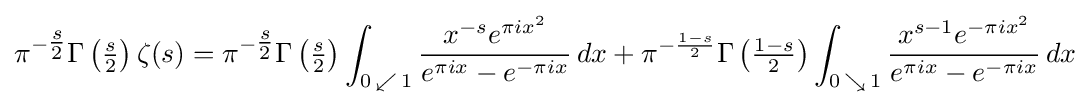
\pi ^{-{\tfrac {s}{2}}}\Gamma \left({\tfrac {s}{2}}\right)\zeta (s)=\pi ^{-{\tfrac {s}{2}}}\Gamma \left({\tfrac {s}{2}}\right)\int _{0\,\swarrow \,1}{\frac {x^{-s}e^{\pi ix^{2}}}{e^{\pi ix}-e^{-\pi ix}}}\,dx+\pi ^{-{\frac {1-s}{2}}}\Gamma \left({\tfrac {1-s}{2}}\right)\int _{0\,\searrow \,1}{\frac {x^{s-1}e^{-\pi ix^{2}}}{e^{\pi ix}-e^{-\pi ix}}}\,dx